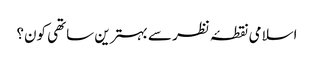
اسلامی نقطۂ نظر سے بہترین ساتھی کون؟